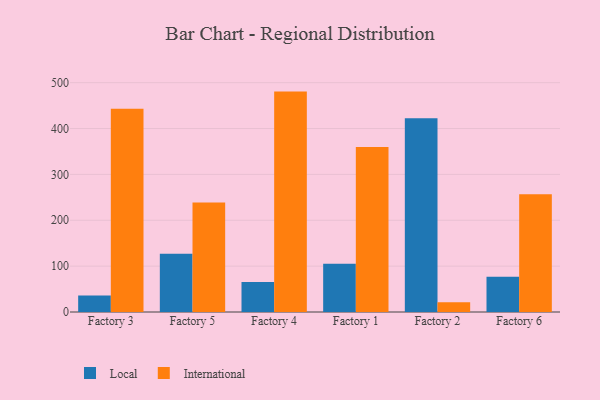
{"axis": {"x": "Factory", "y": "Energy Usage (MWh)"}, "legend": ["International", "Local"], "data": [{"x": "Factory 3", "y": 36.2, "type": "Local"}, {"x": "Factory 3", "y": 443.2, "type": "International"}, {"x": "Factory 5", "y": 126.8, "type": "Local"}, {"x": "Factory 5", "y": 238.8, "type": "International"}, {"x": "Factory 4", "y": 65.3, "type": "Local"}, {"x": "Factory 4", "y": 480.5, "type": "International"}, {"x": "Factory 1", "y": 105.1, "type": "Local"}, {"x": "Factory 1", "y": 359.8, "type": "International"}, {"x": "Factory 2", "y": 422.5, "type": "Local"}, {"x": "Factory 2", "y": 21.4, "type": "International"}, {"x": "Factory 6", "y": 76.8, "type": "Local"}, {"x": "Factory 6", "y": 256.7, "type": "International"}]}